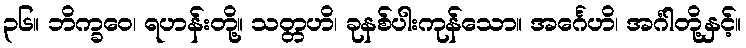
၃၆။ ဘိက္ခဝေ၊ ရဟန်းတို့။ သတ္တဟိ၊ ခုနစ်ပါးကုန်သော။ အင်္ဂေဟိ၊ အင်္ဂါတို့နှင့်။